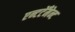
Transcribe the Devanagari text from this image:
एन्टटेँमेन्ट